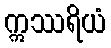
ဣဿရိယံ